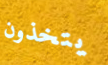
يتخذون